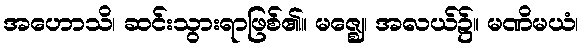
အဟောသိ၊ ဆင်းသွားရာဖြစ်၏။ မဇ္ဈေ၊ အလယ်၌။ မဏိမယံ၊